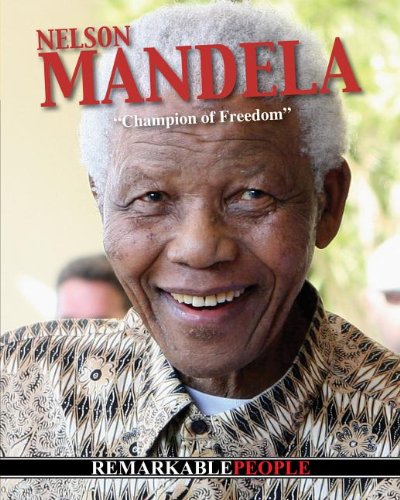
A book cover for Nelson Mandela: Champion of Freedom (Remarkable People); Simon Rose; Children's Books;